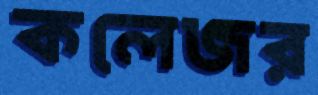
কলেজর